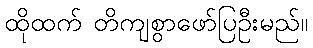
ထိုထက် တိကျစွာဖော်ပြဦးမည်။